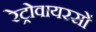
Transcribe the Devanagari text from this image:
रेट्रोवायरसों